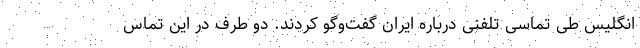
انگلیس طی تماسی تلفنی درباره ایران گفت‌وگو کردند. دو طرف در این تماس